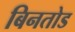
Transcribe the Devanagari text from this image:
बिनतोड